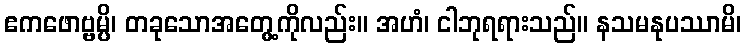
ဧကဖောဗ္ဗမ္ပိ၊ တခုသောအတွေ့ကိုလည်း။ အဟံ၊ ငါဘုရရားသည်။ နသမနုပဿာမိ၊